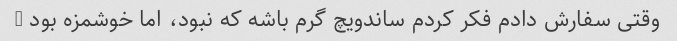
وقتی سفارش دادم فکر کردم ساندویچ گرم باشه که نبود، اما خوشمزه بود …